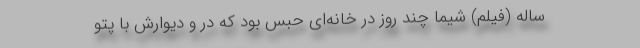
ساله (فیلم) شیما چند روز در خانه‌ای حبس بود که در و دیوارش با پتو